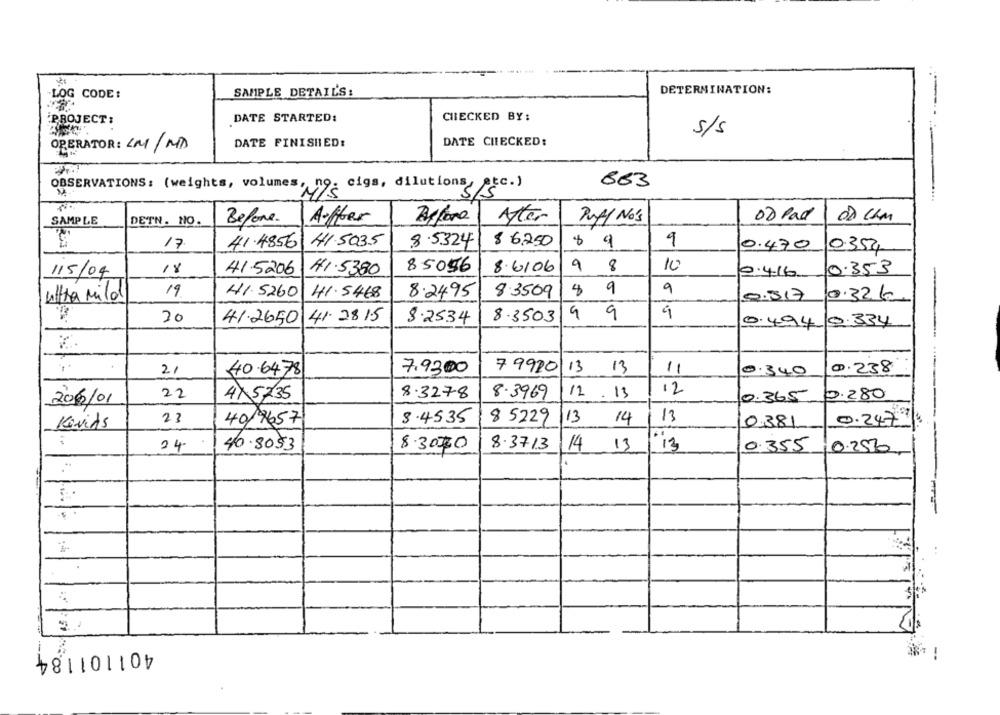
SAMPLE DETAIL'S:
DETERMINATION:
LOG CODE:
PROJECT:
DATE STARTED:
CHECKED BY:
s/s
DATE CHECKED:
OPERATOR: LM/MD
DATE FINISHED:
OBSERVATIONS: (weights, volumes, n9. cigs, dilutions, etc. )
863
S/S
SAMPLE
DETN. NO.
Before.
Auffer
Nter
Puff No's
o2 pad
41.5035
$ 6.250
$ 9
9
17
41.4856
8.5324
0.470
0.354
18
41.5206
41.5380
85056
8.6/06
9 8
10
0.353
115/04
2.416
19
41. 5260
41.5468
8.2495
8
9
9
ultra Mild
8.3509
0.317
0.32 €
9
20
41.2650 41.28.15
8.2534
8.3503
9 9
0.494/9.334
21
40.6478
7,9300
7 9920
13 13
11
0.340
0.238
22
8.3278
12 .13
12
206/01
47 5735
8.3969
0.365
0.280
--
23
4019657
8.4535
8 5229
/13
14
13
0.247
KoviAs
0381
--
24
40.80$3
8.3000
8.3713
14 13
13
0.355
0.256
-
401101184